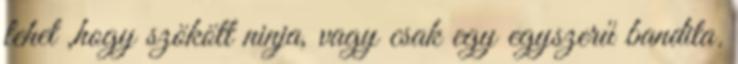
lehet ,hogy szökött ninja, vagy csak egy egyszerű bandita.